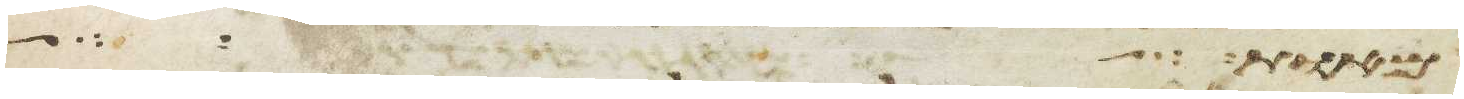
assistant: מאות כל